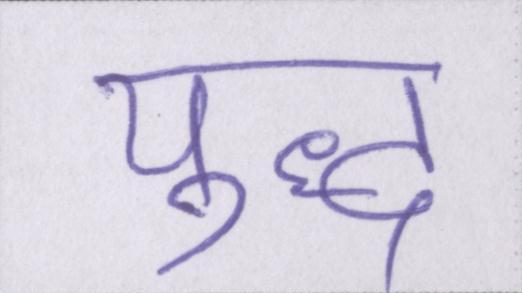
युद्ध